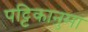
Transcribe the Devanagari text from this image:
पट्टिकानुमा